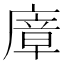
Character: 㢓